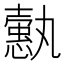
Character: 𢣞